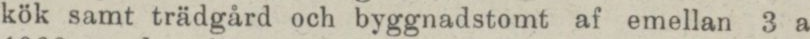
kök samt trädgård och byggnadstomt af emellan 3 a